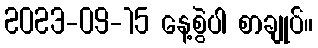
2023-09-15 နေ့စွဲပါ စာချုပ်။